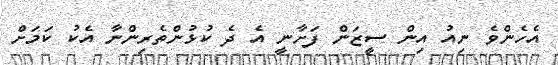
އެހެންވެ ނިއު އިން ސީޒަން ފަށާނީ އެ ދެ ކުޅުންތެރިންނާ އެކު ކަމަށް